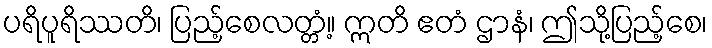
ပရိပူရိဿတိ၊ ပြည့်စေလတ္တံ့။ ဣတိ ဧတံ ဌာနံ၊ ဤသို့ပြည့်စေ၊